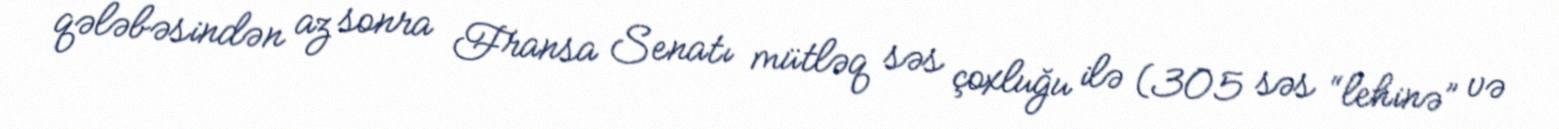
qələbəsindən az sonra Fransa Senatı mütləq səs çoxluğu ilə (305 səs “lehinə” və